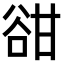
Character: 𧮳